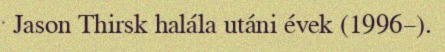
Jason Thirsk halála utáni évek (1996–).